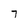
Character: 7